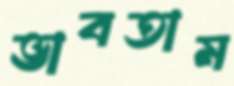
ভাবতাম